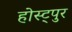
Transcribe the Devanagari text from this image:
होस्ट्पुर